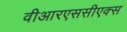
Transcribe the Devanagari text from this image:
वीआरएससीएक्स